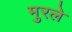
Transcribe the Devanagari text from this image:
मुरले